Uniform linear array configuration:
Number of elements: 16
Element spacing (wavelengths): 1
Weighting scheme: binomial
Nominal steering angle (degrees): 60
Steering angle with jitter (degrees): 61.415
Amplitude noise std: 0.05
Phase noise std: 0.05

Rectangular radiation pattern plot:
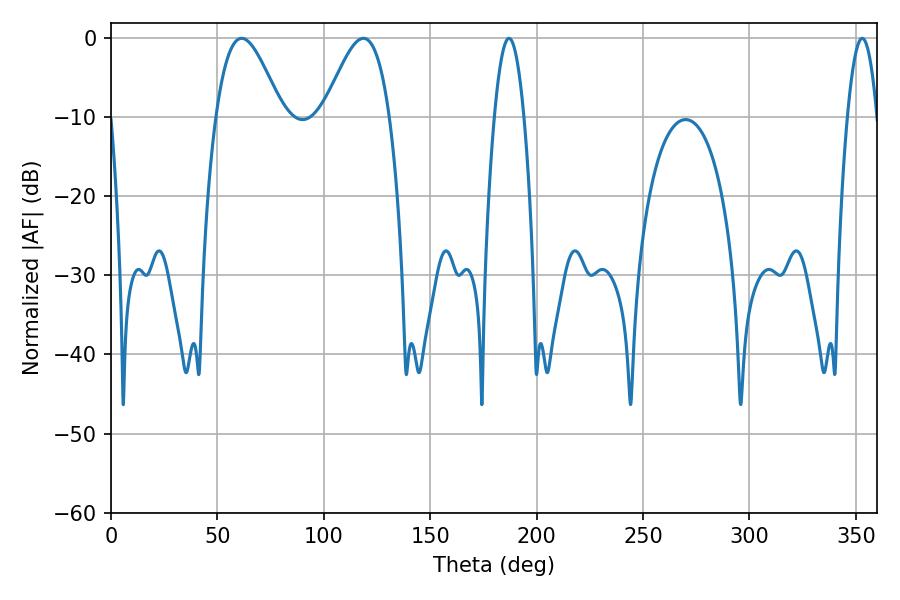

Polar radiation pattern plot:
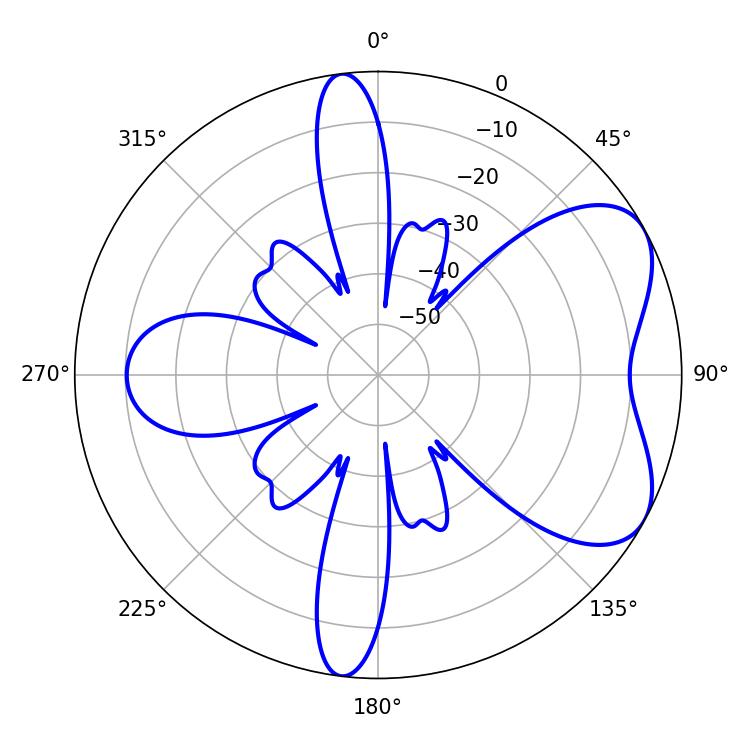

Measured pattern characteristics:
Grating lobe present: TRUE
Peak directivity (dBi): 5.856
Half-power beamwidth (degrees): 16.56
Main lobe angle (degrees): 61.38